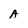
Character: A